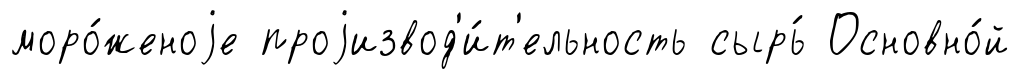
моро́женоjе проjизвод'и́т'ельность сырь́ Основно́й